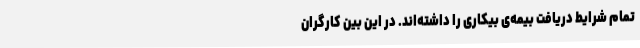
تمام شرایطِ دریافت بیمه‌ی بیکاری را داشته‌اند. در این بین کارگران